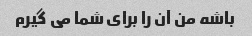
باشه من آن را برای شما می گیرم